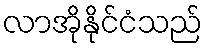
လာအိုနိုင်ငံသည်